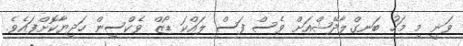
ވަނީ މި މަހު ބަނގްލާދޭޝްއަށް ވެސް ފަސް ލައްކަ ޑޯޒް ވެކްސިން ހަދިޔާކޮށްފައެވެ.